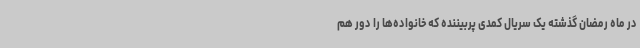
در ماه رمضان گذشته یک سریال کمدی پربیننده که خانواده‌ها را دور هم